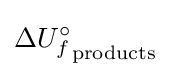
\Delta {U_{f}^{\circ }}_{\mathrm {products} }